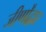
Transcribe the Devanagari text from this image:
जीर्णोंद्वार